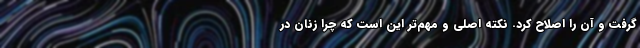
گرفت و آن را اصلاح کرد. نكته اصلي و مهم‌تر اين است كه چرا زنان در